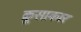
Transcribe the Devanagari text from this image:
क्रूसाकार